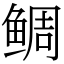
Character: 鲷